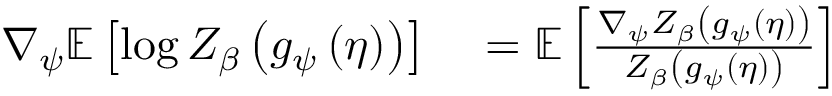
\begin{array} { r l } { \nabla _ { \psi } \mathbb { E } \left[ \log { Z _ { \beta } \left( g _ { \psi } \left( \eta \right) \right) } \right] } & { { } = \mathbb { E } \left[ \frac { \nabla _ { \psi } Z _ { \beta } \left( g _ { \psi } \left( \eta \right) \right) } { Z _ { \beta } \left( g _ { \psi } \left( \eta \right) \right) } \right] } \end{array}